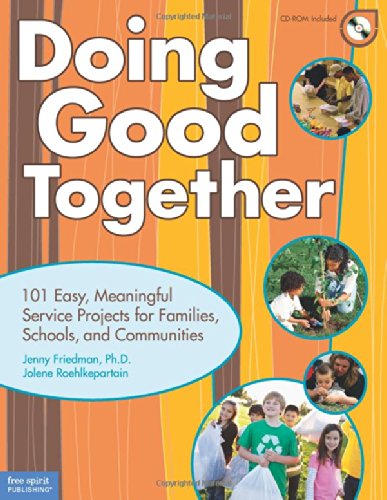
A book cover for Doing Good Together: 101 Easy, Meaningful Service Projects for Families, Schools, and Communities; Jenny Friedman Ph.D.; Business & Money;